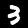
Digit: 3